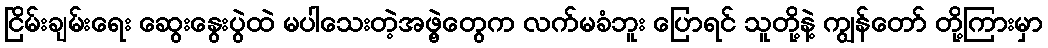
ငြိမ်းချမ်းရေး ဆွေးနွေးပွဲထဲ မပါသေးတဲ့အဖွဲ့တွေက လက်မခံဘူး ပြောရင် သူတို့နဲ့ ကျွန်တော် တို့ကြားမှာ